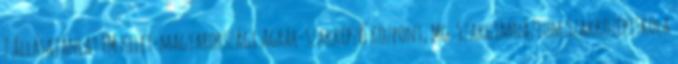
7 állásajánlat FM Kelet-magyarországi Agrár-szakképző Központ, Mg. Szakgimnázium Szakközépiskola